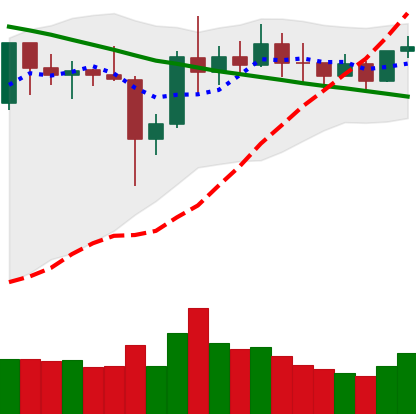
Ticker: XRP-USD
Chart end date: 2019-11-05
Forward return: -6.988%
Label: down_5_7